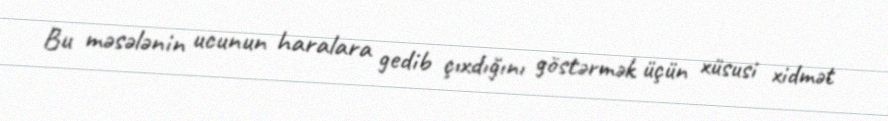
Bu məsələnin ucunun haralara gedib çıxdığını göstərmək üçün xüsusi xidmət